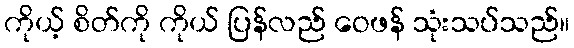
ကိုယ့် စိတ်ကို ကိုယ် ပြန်လည် ဝေဖန် သုံးသပ်သည်။